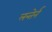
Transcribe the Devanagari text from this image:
लन्तेर्न